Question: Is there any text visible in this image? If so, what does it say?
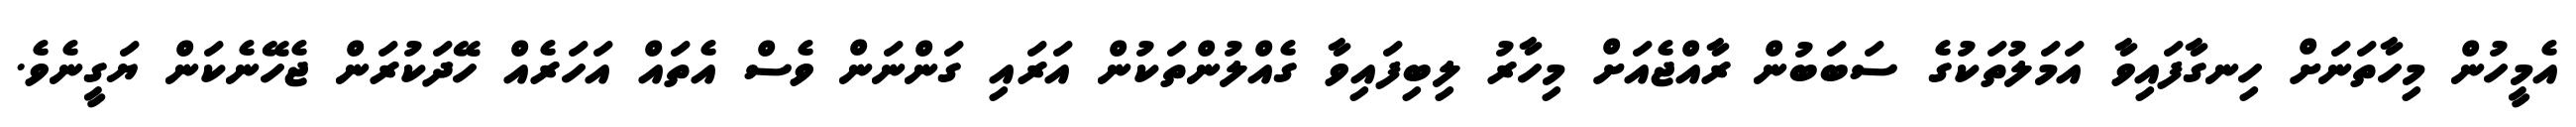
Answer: އެމީހުން މިހާތަނަށް ހިނގާފައިވާ އަމަލުތަކުގެ ސަބަބުން ރާއްޖެއަށް މިހާރު ލިބިފައިވާ ގެއްލުންތަކުން އަރައި ގަންނަން ވެސް އެތައް އަހަރެއް ހޭދަކުރަން ޖެހޭނެކަން ޔަގީނެވެ.